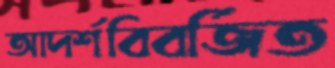
আদর্শবিবর্জিত